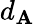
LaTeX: d_{\mathbf{A}}